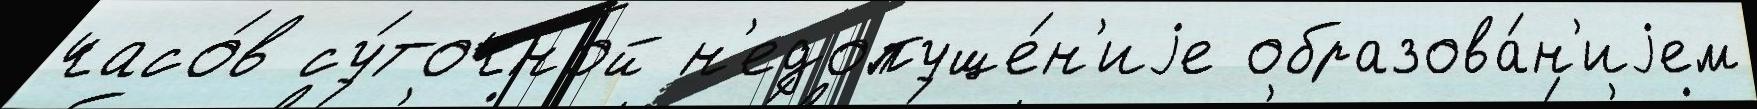
часо́в су́точной н'едопуще́н'иjе образова́н'иjем